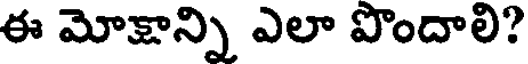
ఈ మోక్షాన్ని ఎలా పొందాలి?